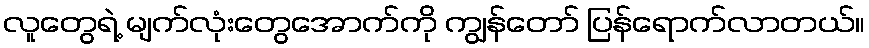
လူတွေရဲ့ မျက်လုံးတွေအောက်ကို ကျွန်တော် ပြန်ရောက်လာတယ်။